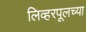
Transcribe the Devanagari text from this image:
लिव्हरपूलच्या